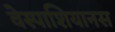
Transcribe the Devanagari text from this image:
वेस्पाशियानस